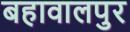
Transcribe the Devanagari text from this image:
बहावालपुर